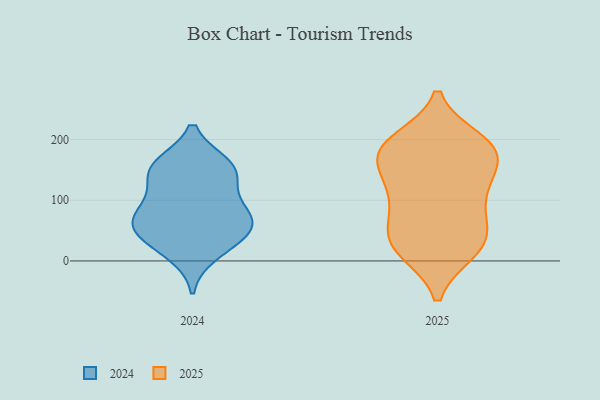
{"axis": {"x": "Latency (ms)", "y": "Value"}, "legend": ["2024", "2025"], "data": [{"x": "", "y": 155, "type": "2024"}, {"x": "", "y": 83, "type": "2024"}, {"x": "", "y": 102, "type": "2024"}, {"x": "", "y": 158, "type": "2024"}, {"x": "", "y": 38, "type": "2024"}, {"x": "", "y": 68, "type": "2024"}, {"x": "", "y": 42, "type": "2024"}, {"x": "", "y": 151, "type": "2024"}, {"x": "", "y": 67, "type": "2024"}, {"x": "", "y": 58, "type": "2024"}, {"x": "", "y": 12, "type": "2024"}, {"x": "", "y": 142, "type": "2024"}, {"x": "", "y": 116, "type": "2025"}, {"x": "", "y": 136, "type": "2025"}, {"x": "", "y": 19, "type": "2025"}, {"x": "", "y": 187, "type": "2025"}, {"x": "", "y": 44, "type": "2025"}, {"x": "", "y": 166, "type": "2025"}, {"x": "", "y": 183, "type": "2025"}, {"x": "", "y": 64, "type": "2025"}, {"x": "", "y": 16, "type": "2025"}, {"x": "", "y": 180, "type": "2025"}, {"x": "", "y": 194, "type": "2025"}, {"x": "", "y": 16, "type": "2025"}, {"x": "", "y": 117, "type": "2025"}, {"x": "", "y": 37, "type": "2025"}, {"x": "", "y": 64, "type": "2025"}, {"x": "", "y": 176, "type": "2025"}, {"x": "", "y": 111, "type": "2025"}, {"x": "", "y": 198, "type": "2025"}]}